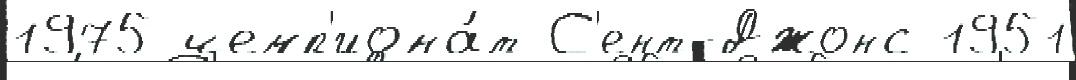
1975 чемп'иона́т С'ент-Джонс 1951